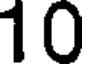
10